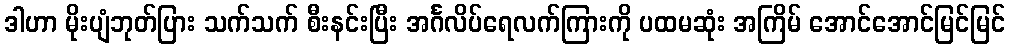
ဒါဟာ မိုးပျံဘုတ်ပြား သက်သက် စီးနင်းပြီး အင်္ဂလိပ်ရေလက်ကြားကို ပထမဆုံး အကြိမ် အောင်အောင်မြင်မြင်